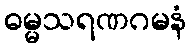
ဓမ္မသရဏဂမနံ